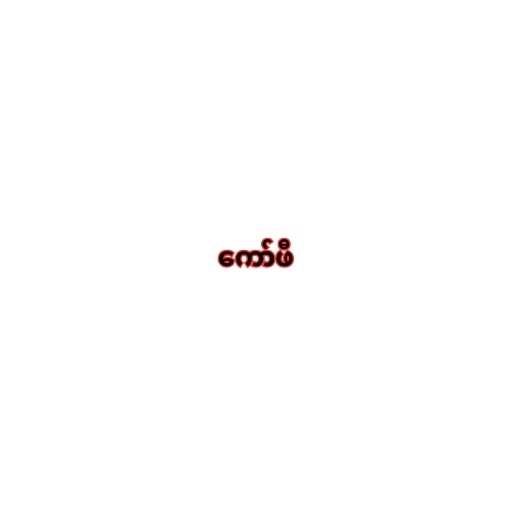
ကော်ဖီ